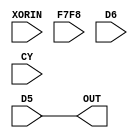
module ultra_slice_logic_outmux #(
	parameter SEL = "D5" 
) (
	input XORIN, F7F8, D6, D5, CY,
	output OUT
);
	generate
		case(SEL)
			"XORIN": assign OUT = XORIN;
			"F7F8":  assign OUT = F7F8;
			"D6":    assign OUT = D6;
			"D5":    assign OUT = D5;
			"CY":    assign OUT = CY;
		endcase
	endgenerate
endmodule